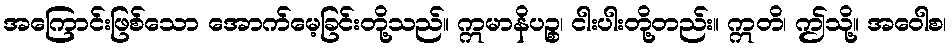
အကြောင်းဖြစ်သော အောက်မေ့ခြင်းတို့သည်။ ဣမာနိပဉ္စ၊ ငါးပါးတို့တည်း။ ဣတိ၊ ဤသို့။ အဝေါစ၊